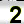
Digit: 2